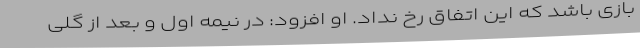
بازی باشد که این اتفاق رخ نداد. او افزود: در نیمه اول و بعد از گلی